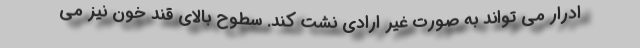
ادرار می تواند به صورت غیر ارادی نشت کند. سطوح بالای قند خون نیز می